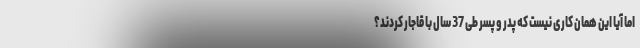
اما آیا این همان کاری نیست که پدر و پسر طی 37 سال با قاجار کردند؟